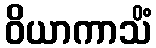
ဝိယာကာသိံ